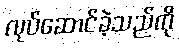
လုပ်ဆောင်ခဲ့သည်ကို